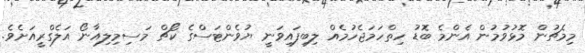
މިމެޗުން މޮޅުވުމުން އެންމެ ބޮޑު ހިތްހަމަޖެހުމެއް ލިބިފައިވަނީ ޔުވެންޓަސްގެ ކޯޗް މަސިމިލިއާނޯ އަލެގްރީއަށެވެ.